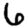
Digit: 6